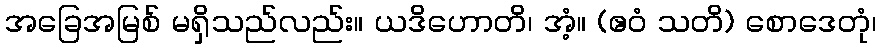
အခြေအမြစ် မရှိသည်လည်း။ ယဒိဟောတိ၊ အံ့။ (ဧဝံ သတိ) စောဒေတုံ၊